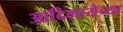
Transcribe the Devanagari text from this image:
आदिमायेच्या